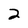
Character: 2